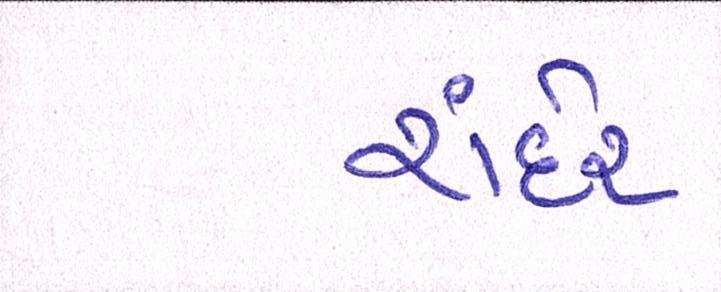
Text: રાંદેર